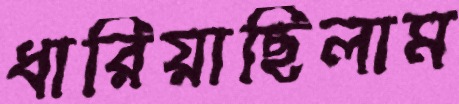
ধারিয়াছিলাম